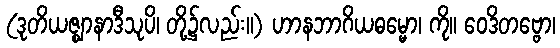
(ဒုတိယဇ္ဈာနာဒီသုပိ၊ တို့၌လည်း။) ဟာနဘာဂိယဓမ္မော၊ ကို။ ဝေဒိတဗ္ဗော၊